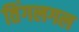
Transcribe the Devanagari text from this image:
तिंगलगल